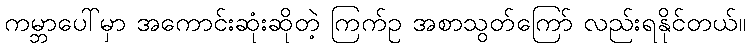
ကမ္ဘာပေါ်မှာ အကောင်းဆုံးဆိုတဲ့ ကြက်ဥ အစာသွတ်ကြော် လည်းရနိုင်တယ်။